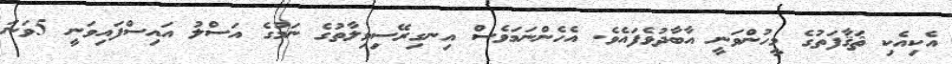
އެކިއެކި ޘަޤާފަތުގެ މީހުންވަނީ އާބާދުވެފައެވެ. އެހެންނަމަވެސް އިނގިރޭސިވިލާތުގެ ނަމުގެ އަސްލު އައިސްފައިވަނީ 5ވަނަ